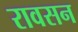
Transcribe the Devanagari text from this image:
रावसन